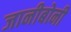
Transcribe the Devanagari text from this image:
जानीबोनी